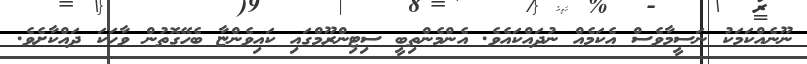
ނޫނެއްކަމަކު ނަސީމާވެސް އެކަމެއް ނުދައްކައެވެ. އެންމެންތިބީ ސިޓިންރޫމްގައި ކައިވެންޏާ ބެހޭގޮތުން ވާހަކަ ދައްކާށެވެ.